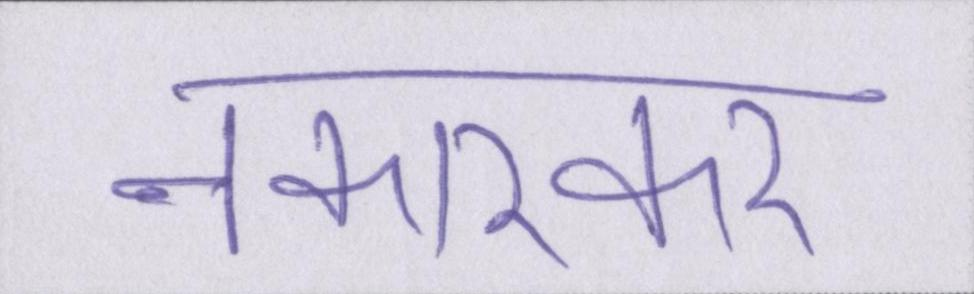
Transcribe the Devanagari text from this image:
नकारकर